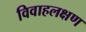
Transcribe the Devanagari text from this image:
विवाहलक्षण